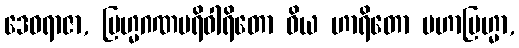
ဒေဝရာဇာ, ဗြဟ္မဂဏပရိဝါရိတော ဝိယ ဟာရိတော မဟာဗြဟ္မာ,